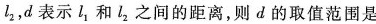
l _ { 2 }$$，d表示l_{1}，和l_{2}之间的距离，则d的取值范围是